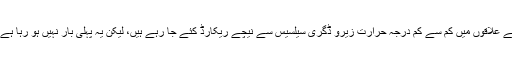
یہاں چورو اور آس پاس کے علاقوں میں کم سے کم درجہ حرارت زیرو ڈگری سیلسیس سے نیچے ریکارڈ کئے جا رہے ہیں، لیکن یہ پہلی بار نہیں ہو رہا ہے ، یہاں پر ایسا ہوتا آیا ہے۔